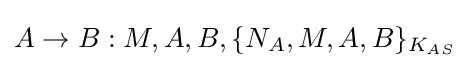
A\rightarrow B:M,A,B,\{N_{A},M,A,B\}_{K_{AS}}